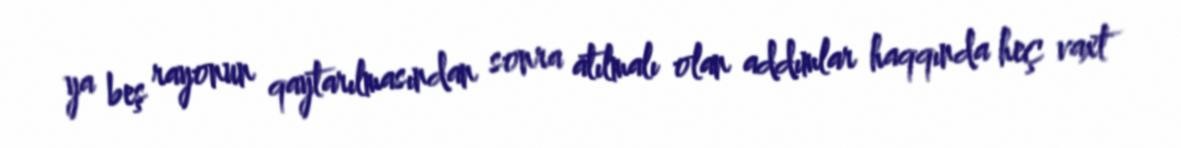
ya beş rayonun qaytarılmasından sonra atılmalı olan addımlar haqqında heç vaxt